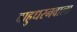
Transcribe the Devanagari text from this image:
बाहुधरनवाला